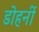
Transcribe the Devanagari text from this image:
डोहर्नी